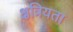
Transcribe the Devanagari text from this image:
क्षत्रियता